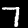
Label: 7